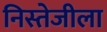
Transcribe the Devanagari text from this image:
निस्तेजीला